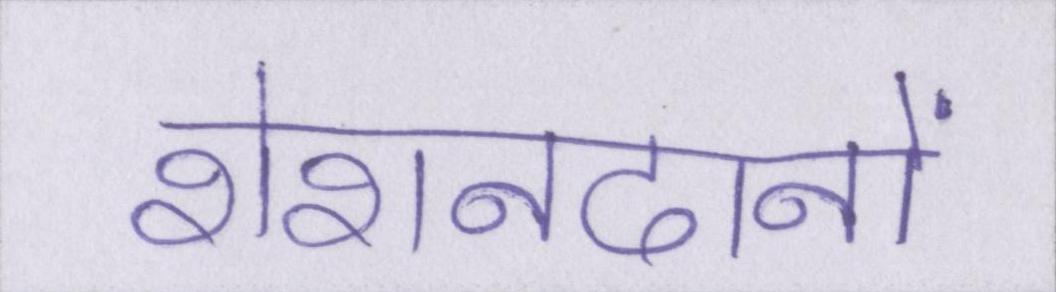
रोशनदानों